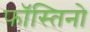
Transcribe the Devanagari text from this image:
फॉस्तिनो